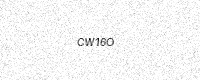
Text: CW16O